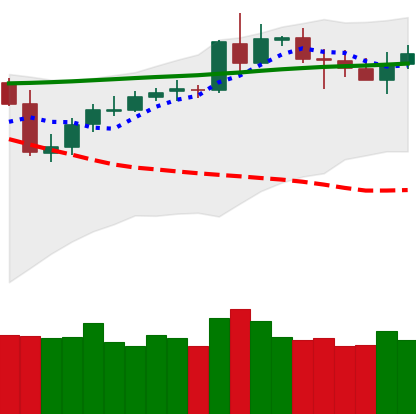
Ticker: BNB-USD
Chart end date: 2020-05-08
Forward return: -6.395%
Label: down_5_7